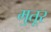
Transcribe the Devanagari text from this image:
मुतूर